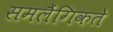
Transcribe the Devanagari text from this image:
समलैंगिकते